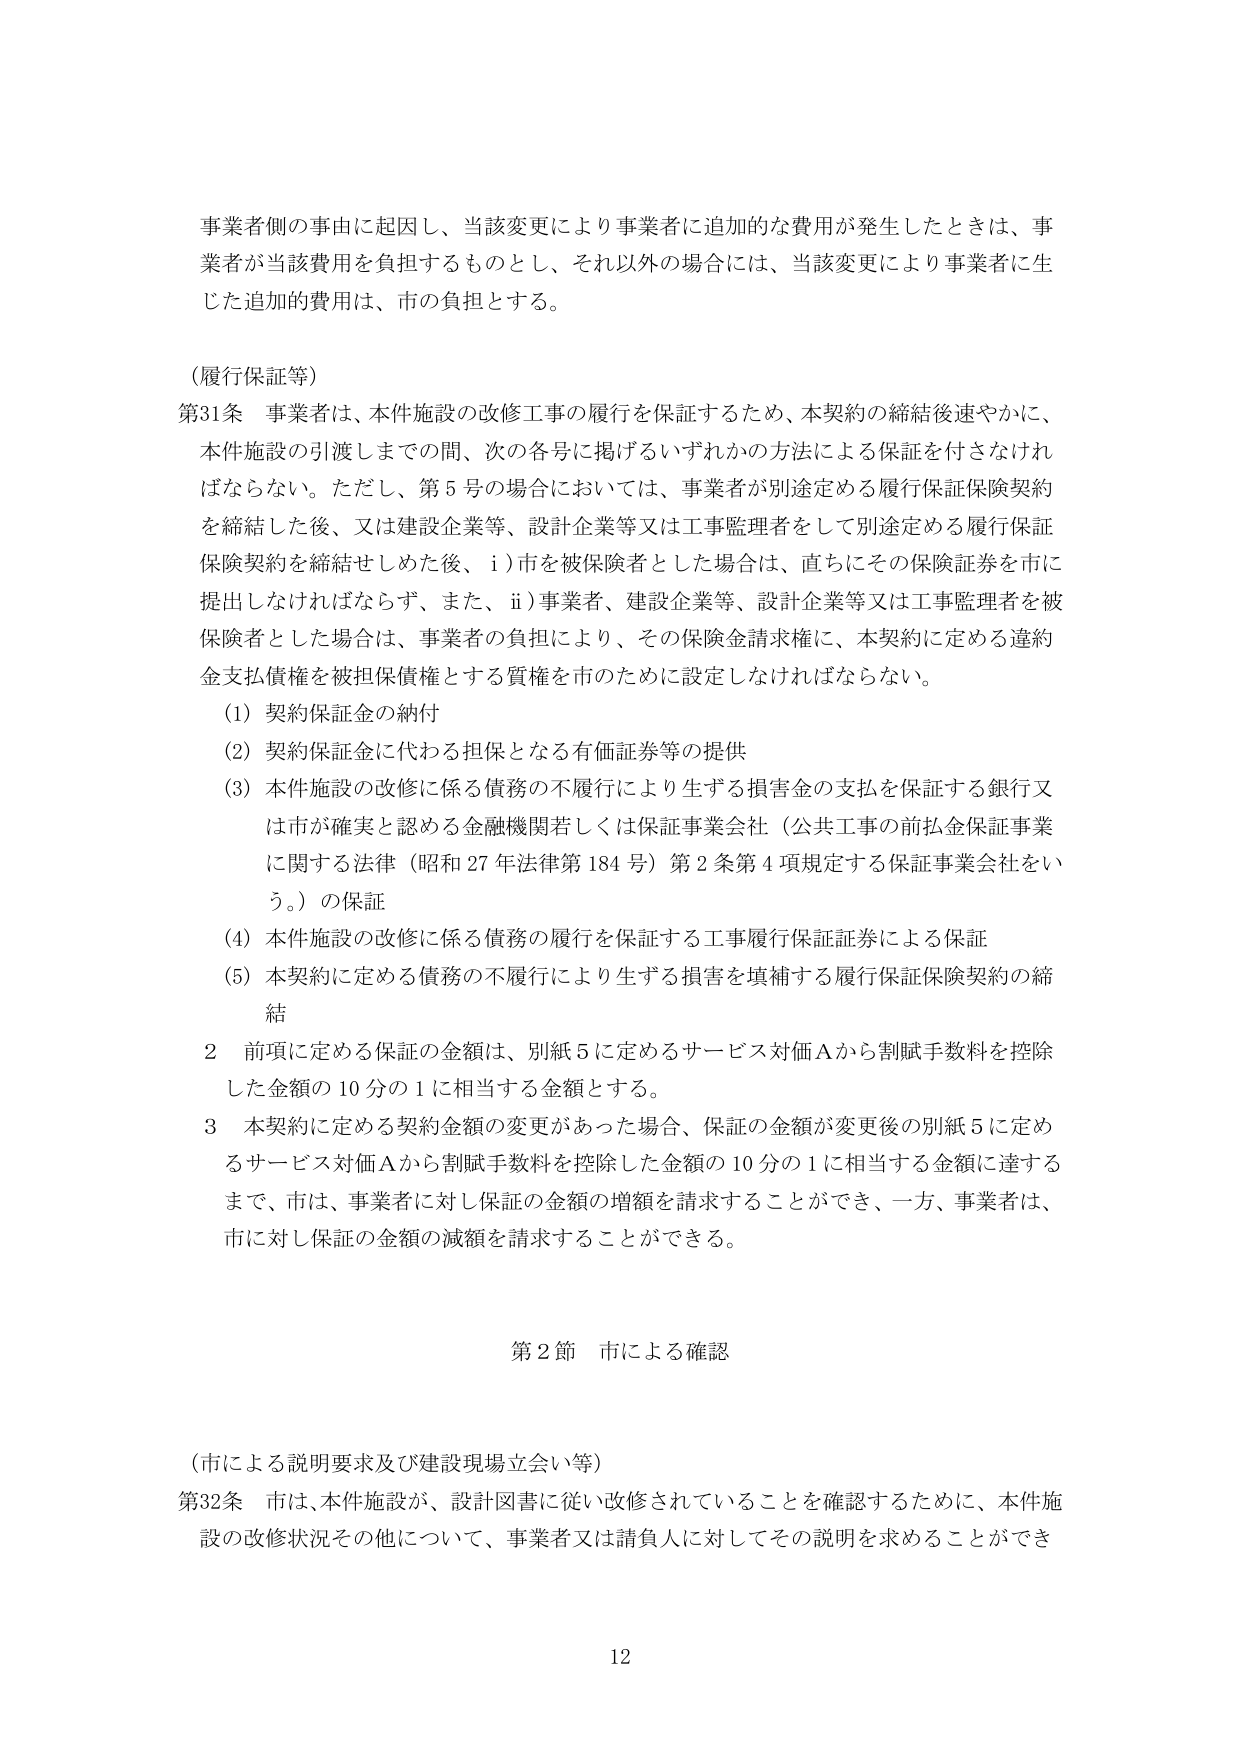
事業者側の事由に起因し、当該変更により事業者に追加的な費用が発生したときは、事業者が当該費用を負担するものとし、それ以外の場合には、当該変更により事業者に生じた追加的費用は、市の負担とする。

（履行保証等）

第31条 事業者は、本件施設の改修工事の履行を保証するため、本契約の締結後速やかに、本件施設の引渡しまでの間、次の各号に掲げるいずれかの方法による保証を付さなければならない。ただし、第5号の場合においては、事業者が別途定める履行保証保険契約を締結した後、又は建設企業等、設計企業等又は工事監理者をして別途定める履行保証保険契約を締結せしめた後、i）市を被保険者とした場合は、直ちにその保険証券を市に提出しなければならず、また、ii）事業者、建設企業等、設計企業等又は工事監理者を被保険者とした場合は、事業者の負担により、その保険金請求権に、本契約に定める違約金支払債権を被担保債権とする質権を市のために設定しなければならない。

（1）契約保証金の納付

（2）契約保証金に代わる担保となる有価証券等の提供

（3）本件施設の改修に係る債務の不履行により生ずる損害金の支払を保証する銀行又は市が確実と認める金融機関若しくは保証事業会社（公共工事の前払金保証事業に関する法律（昭和27年法律第184号）第2条第4項規定する保証事業会社をいう。）の保証

（4）本件施設の改修に係る債務の履行を保証する工事履行保証証券による保証

（5）本契約に定める債務の不履行により生ずる損害を填補する履行保証保険契約の締結

2 前項に定める保証の金額は、別紙5に定めるサービス対価Aから割賦手数料を控除した金額の10分の1に相当する金額とする。

3 本契約に定める契約金額の変更があった場合、保証の金額が変更後の別紙5に定めるサービス対価Aから割賦手数料を控除した金額の10分の1に相当する金額に達するまで、市は、事業者に対し保証の金額の増額を請求することができ、一方、事業者は、市に対し保証の金額の減額を請求することができる。

第2節 市による確認

（市による説明要求及び建設現場立会い等）

第32条 市は、本件施設が、設計図書に従い改修されていることを確認するために、本件施設の改修状況その他について、事業者又は請負人に対してその説明を求めることができ

12